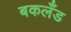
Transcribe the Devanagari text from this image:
बकलँड